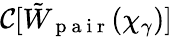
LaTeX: \mathcal{C}[\tilde{W}_{\mathrm{~p~a~i~r~}}(\chi_{\gamma})]